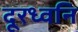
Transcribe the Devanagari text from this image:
दूरध्वनि